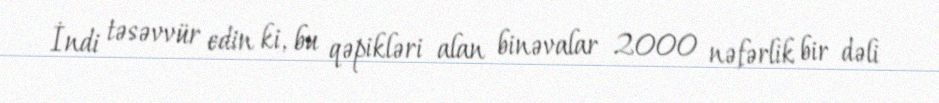
İndi təsəvvür edin ki, bu qəpikləri alan binəvalar 2000 nəfərlik bir dəli